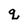
Character: q